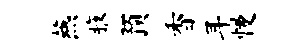
燕腋预香耳慢